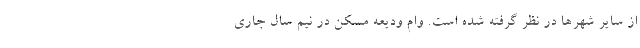
از سایر شهر‌ها در نظر گرفته شده است. وام ودیعه مسکن در نیم سال جاری